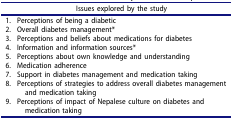
<table><thead><tr><td><b> </b></td><td><b>Issues explored by the study</b></td></tr></thead><tbody><tr><td>1.</td><td>Perceptions of being a diabetic</td></tr><tr><td>2.</td><td>Overall diabetes management*</td></tr><tr><td>3.</td><td>Perceptions and beliefs about medications for diabetes</td></tr><tr><td>4.</td><td>Information and information sources*</td></tr><tr><td>5.</td><td>Perceptions about own knowledge and understanding</td></tr><tr><td>6.</td><td>Medication adherence</td></tr><tr><td>7.</td><td>Support in diabetes management and medication taking</td></tr><tr><td>8.</td><td>Perceptions of strategies to address overall diabetes management and medication taking</td></tr><tr><td>9.</td><td>Perceptions of impact of Nepalese culture on diabetes and medication taking</td></tr></tbody></table>